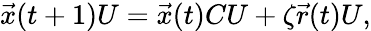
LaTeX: \begin{array}{r}{\vec{x}(t+1)U=\vec{x}(t)CU+\zeta\vec{r}(t)U,}\end{array}